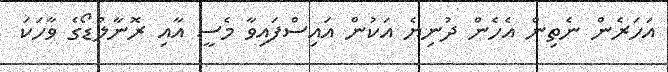
އަހަރެން ނެތިން އެހެން ދުނިޔެ އަކުން އައިސްފައިވާ މެސީ އާއި ރޮނާލްޑޯގެ ވާހަކަ